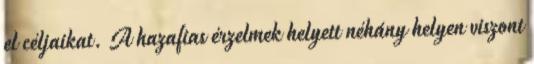
el céljaikat. A hazafias érzelmek helyett néhány helyen viszont